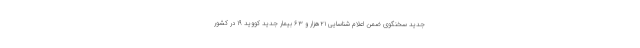
جدید سخنگوی ضمن اعلام شناسایی ۲۱هزار و ۶۳ بیمار جدید کووید ۱۹ در کشور